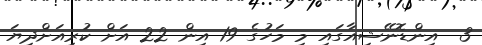
3  އިންޑޮނޭޝިއާގައި މި މަހުގެ 19 އިން 22 އަށް ކުރިއަށްދިޔަ